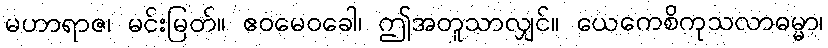
မဟာရာဇ၊ မင်းမြတ်။ ဧဝမေဝခေါ၊ ဤအတူသာလျှင်။ ယေကေစိကုသလာဓမ္မာ၊